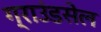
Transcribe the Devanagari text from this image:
ग्राउंडसेल